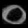
Digit: ၀